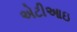
એટીઆઇ